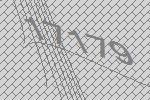
17179